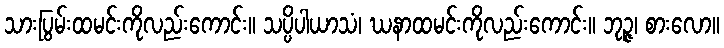
သားပြွမ်းထမင်းကိုလည်းကောင်း။ သပ္ပိပါယာသံ၊ ဃနာထမင်းကိုလည်းကောင်း။ ဘုဉ္ဇ၊ စားလော။